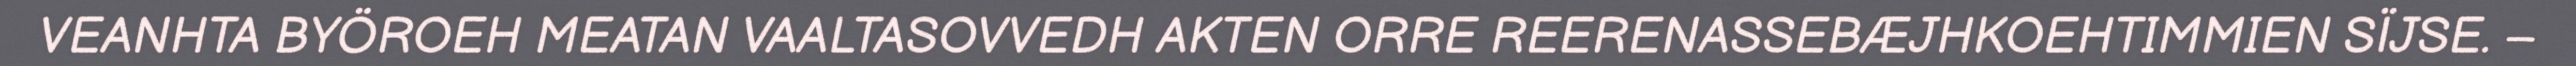
VEANHTA BYÖROEH MEATAN VAALTASOVVEDH AKTEN ORRE REERENASSEBÆJHKOEHTIMMIEN SÏJSE. –